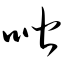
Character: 喈